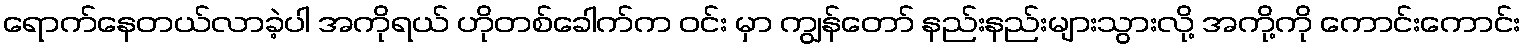
ရောက်နေတယ်လာခဲ့ပါ အကိုရယ် ဟိုတစ်ခေါက်က ဝင်း မှာ ကျွန်တော် နည်းနည်းများသွားလို့ အကို့ကို ကောင်းကောင်း